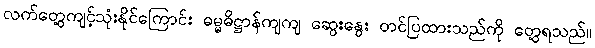
လက်တွေ့ကျင့်သုံးနိုင်ကြောင်း ဓမ္မဓိဋ္ဌာန်ကျကျ ဆွေးနွေး တင်ပြထားသည်ကို တွေ့ရသည်။